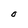
Character: O